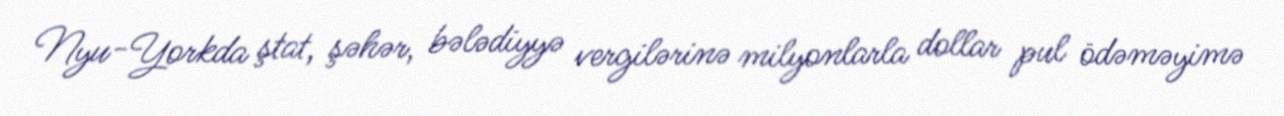
Nyu-Yorkda ştat, şəhər, bələdiyyə vergilərinə milyonlarla dollar pul ödəməyimə